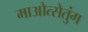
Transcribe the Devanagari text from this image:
माओत्सेतुंग